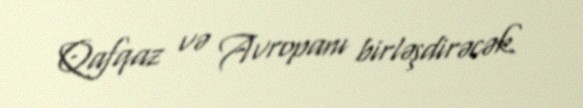
Qafqaz və Avropanı birləşdirəcək.